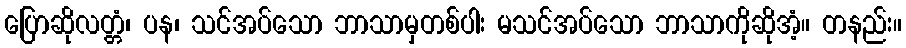
ပြောဆိုလတ္တံ၊ ပန၊ သင်အပ်သော ဘာသာမှတစ်ပါး မသင်အပ်သော ဘာသာကိုဆိုအံ့။ တနည်း။